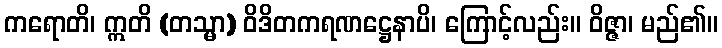
ကရောတိ၊ ဣတိ (တသ္မာ) ဝိဒိတကရဏဋ္ဌေနာပိ၊ ကြောင့်လည်း။ ဝိဇ္ဇာ၊ မည်၏။